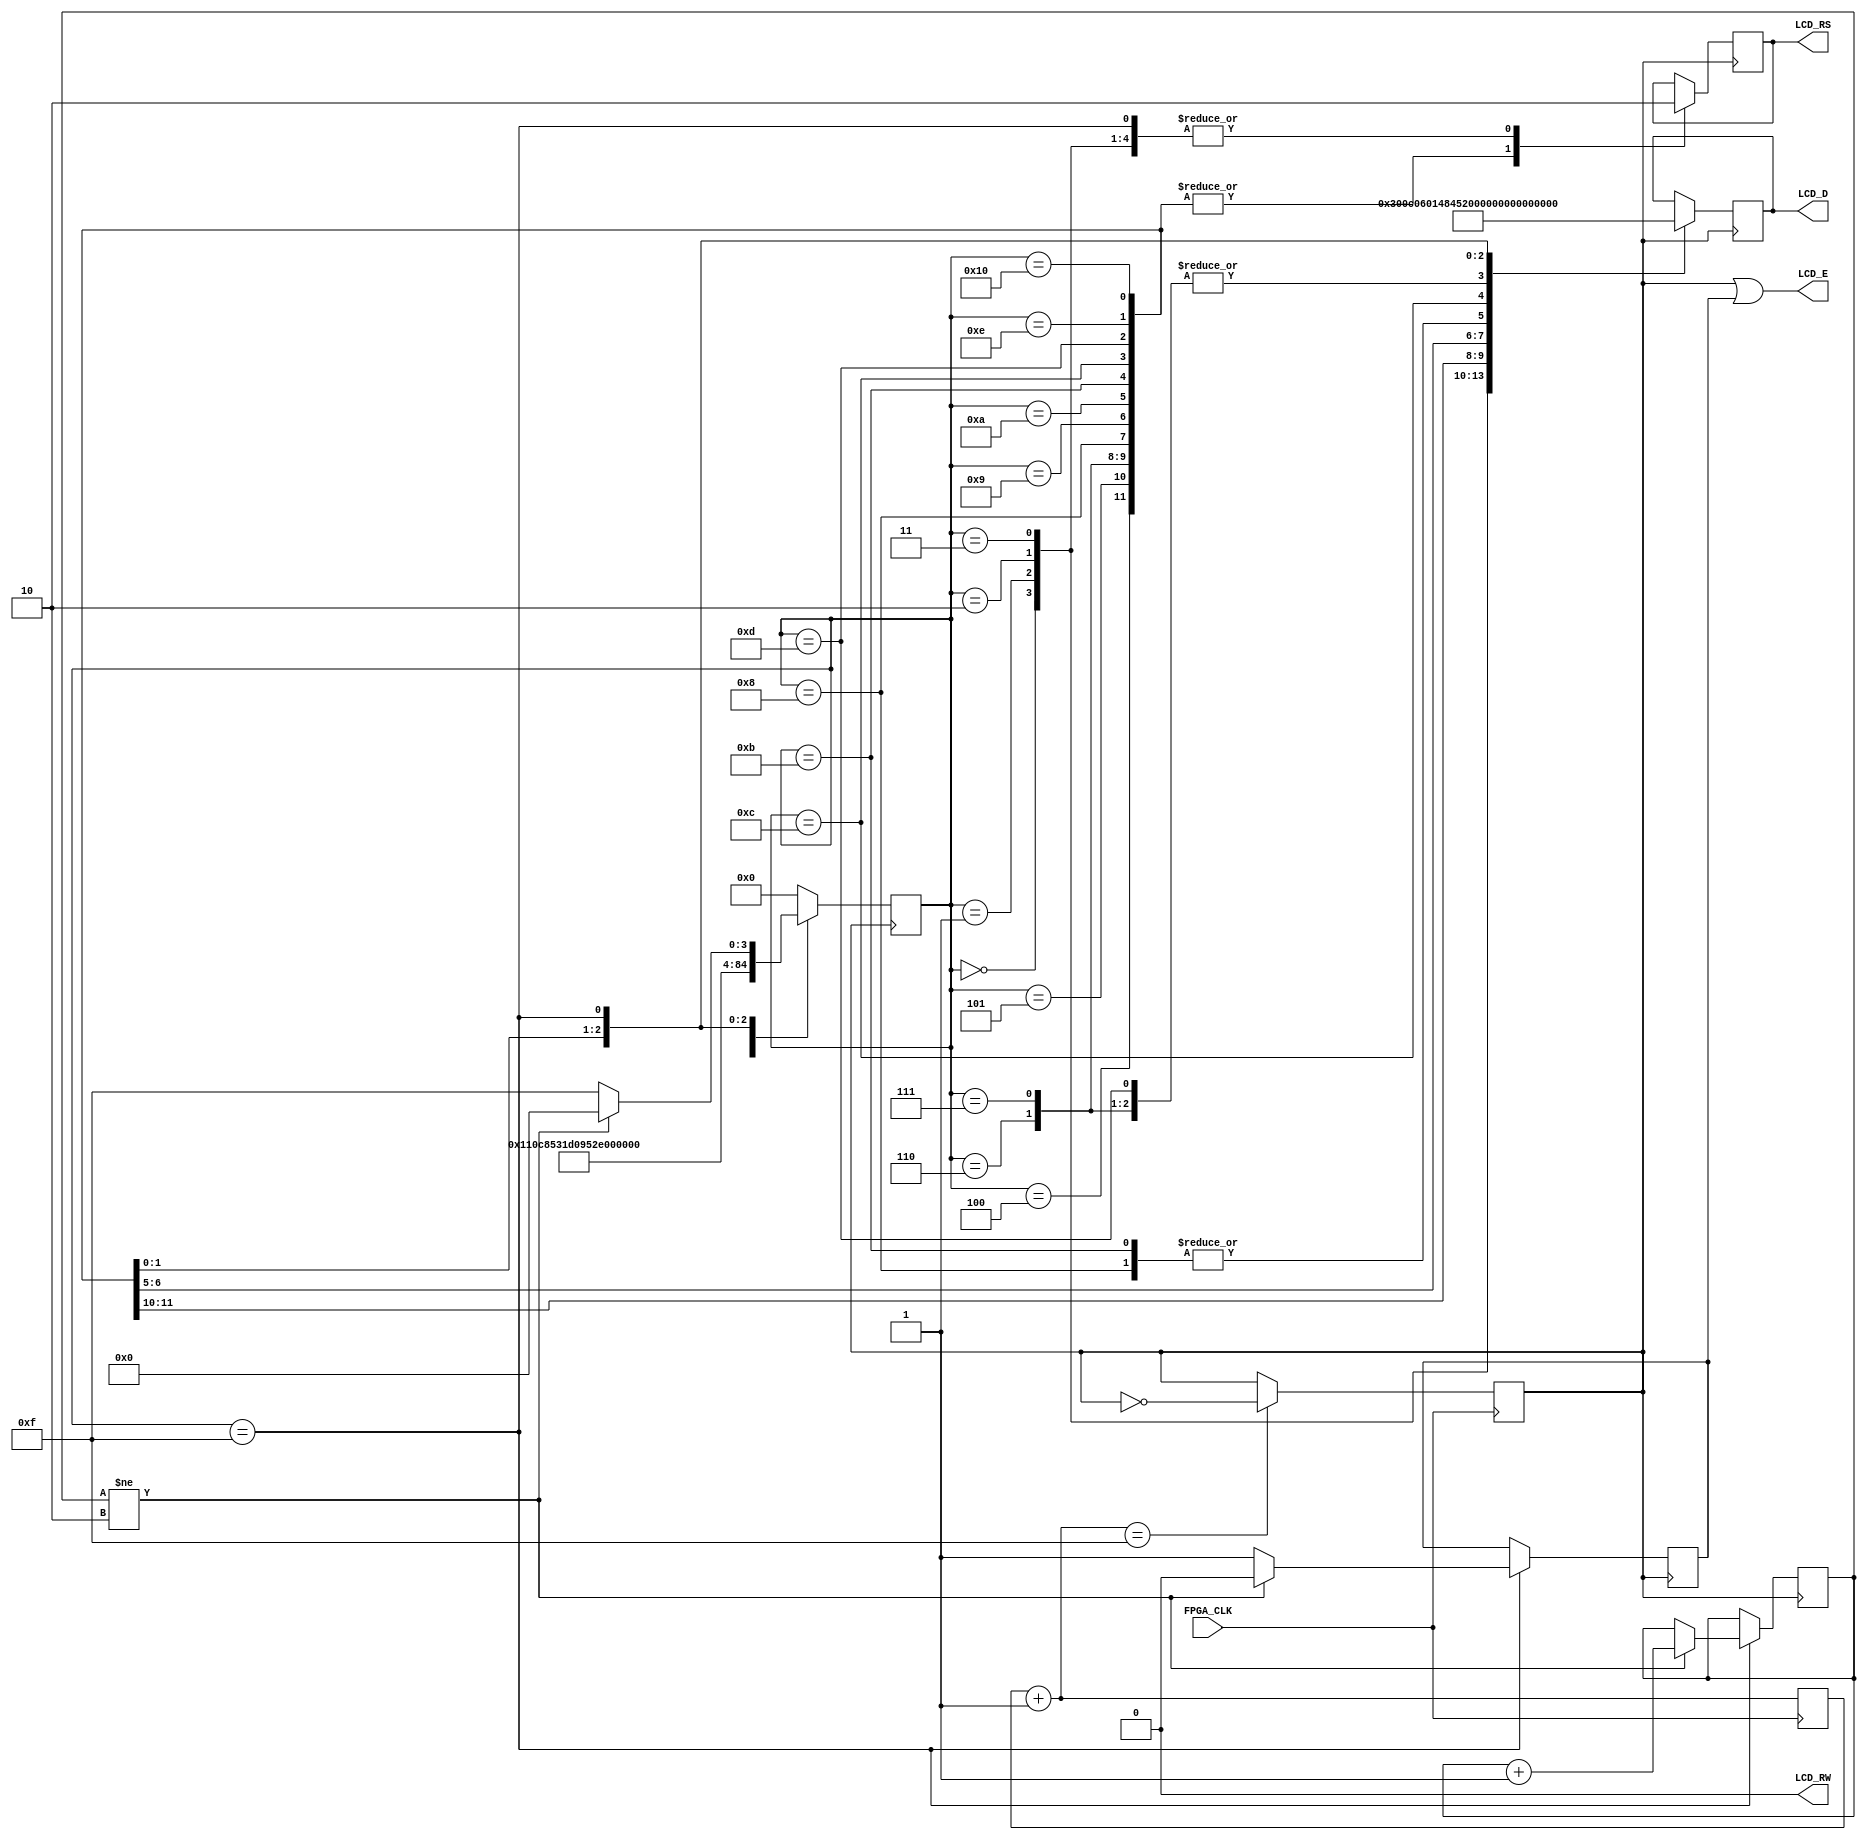
/*
** lcd1602.v
**
** --> Versao encurtada do script origina desse projeto.
*/

module lcd1602( input wire FPGA_CLK, output reg LCD_RS, output wire LCD_RW, output wire LCD_E, output reg [7:0] LCD_D );
		// --> Constantes
		parameter  set0 = 4'h0; 
		parameter  set1 = 4'h1; 
		parameter  set2 = 4'h2; 
		parameter  set3 = 4'h3; 
		parameter  dat0 = 4'h4; 
		parameter  dat1 = 4'h5; 
		parameter  dat2 = 4'h6; 
		parameter  dat3 = 4'h7; 
		parameter  dat4 = 4'h8; 
		parameter  dat5 = 4'h9; 
		parameter  dat6 = 4'hA; 
		parameter  dat7 = 4'hB; 
		parameter  dat8 = 4'hC; 
		parameter  dat9 = 4'hD; 
		parameter  dat10 = 4'hE; 
		parameter  dat11 = 5'h10; 
		parameter  nul = 4'hF; 
		
		// Declaracao das variaveis
		reg e, clkr;
		reg [1:0] cnt; 
		reg [4:0] current, next; 
		reg [7:0] dat; 
		reg [15:0] counter; 
		
		// Bloco always executado nas bordas de subida do clock
		always @ ( posedge FPGA_CLK )
		begin
				// Incrementar 'counter'
				counter = counter + 1;
				// Se counter == 15, inverter o estado de 'clkr':
				if(counter == 16'h000f) begin
						clkr = ~clkr;
				end
		end
		
		// bloco always executado a cada mudanca de estado em 'clkr'
		always @ ( posedge clkr )
		begin
				// Atribuir a 'current' o valor atual de 'next'
				current = next;
				// Bloco case com as acoes a depender do valor de 'current'
				case( current ) 
						set0:   begin  LCD_RS<=0; LCD_D<=8'h30; next<=set1; end 
						set1:   begin  LCD_RS<=0; LCD_D<=8'h0c; next<=set2; end 
						set2:   begin  LCD_RS<=0; LCD_D<=8'h6; next<=set3; end 
						set3:   begin  LCD_RS<=0; LCD_D<=8'h1; next<=dat0; end 
						dat0:   begin  LCD_RS<=1; LCD_D<="H"; next<=dat1; end 
						dat1:   begin  LCD_RS<=1; LCD_D<="E"; next<=dat2; end 
						dat2:   begin  LCD_RS<=1; LCD_D<="L"; next<=dat3; end 
						dat3:   begin  LCD_RS<=1; LCD_D<="L"; next<=dat4; end 
						dat4:   begin  LCD_RS<=1; LCD_D<="O"; next<=dat5; end 
						dat5:   begin  LCD_RS<=1; LCD_D<=" "; next<=dat6; end 
						dat6:   begin  LCD_RS<=1; LCD_D<="W"; next<=dat7; end 
						dat7:   begin  LCD_RS<=1; LCD_D<="O"; next<=dat8; end 
						dat8:   begin  LCD_RS<=1; LCD_D<="R"; next<=dat9; end 
						dat9:   begin  LCD_RS<=1; LCD_D<="L"; next<=dat10; end 
						dat10:   begin  LCD_RS<=1; LCD_D<="D"; next<=dat11; end 
						dat11:   begin  LCD_RS<=1; LCD_D<="!"; next<=nul; end
						// Caso 'nul'
						nul: begin 
								LCD_RS <= 0;  
								LCD_D <= 8'h00;
								//Faa isso uma vez e, em seguida, puxe o pino E do LCD
								if( cnt != 2'h2 ) begin  
									  e <= 0;
									  next <= set0;
									  cnt <= cnt + 1;  
								end  
								// Caso contrario
								else  begin 
									next <= nul; 
									e <= 1; 
								end    
						end 
						// Caso padrao
						default:   next = set0;
				endcase
		end
		
		// Atribuicao para o pino 'LCD_E'
		assign LCD_E = clkr | e; 
		
		// Atribuicao para o pino 'LCD_RW'
		assign LCD_RW = 0; 
endmodule